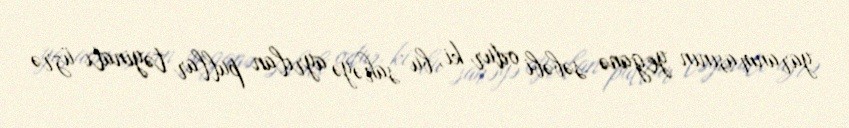
yaranmasının yeganə səbəbi odur ki, bu sahəyə ayrılan pullar təyinatı üzrə